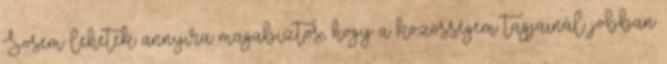
Sosem lehetek annyira magabiztos, hogy a közösségem tagjainál jobban